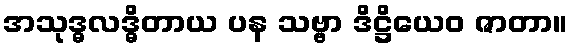
အသုဒ္ဓလဒ္ဓိတာယ ပန သဗ္ဗာ ဒိဋ္ဌိယေဝ ဇာတာ။